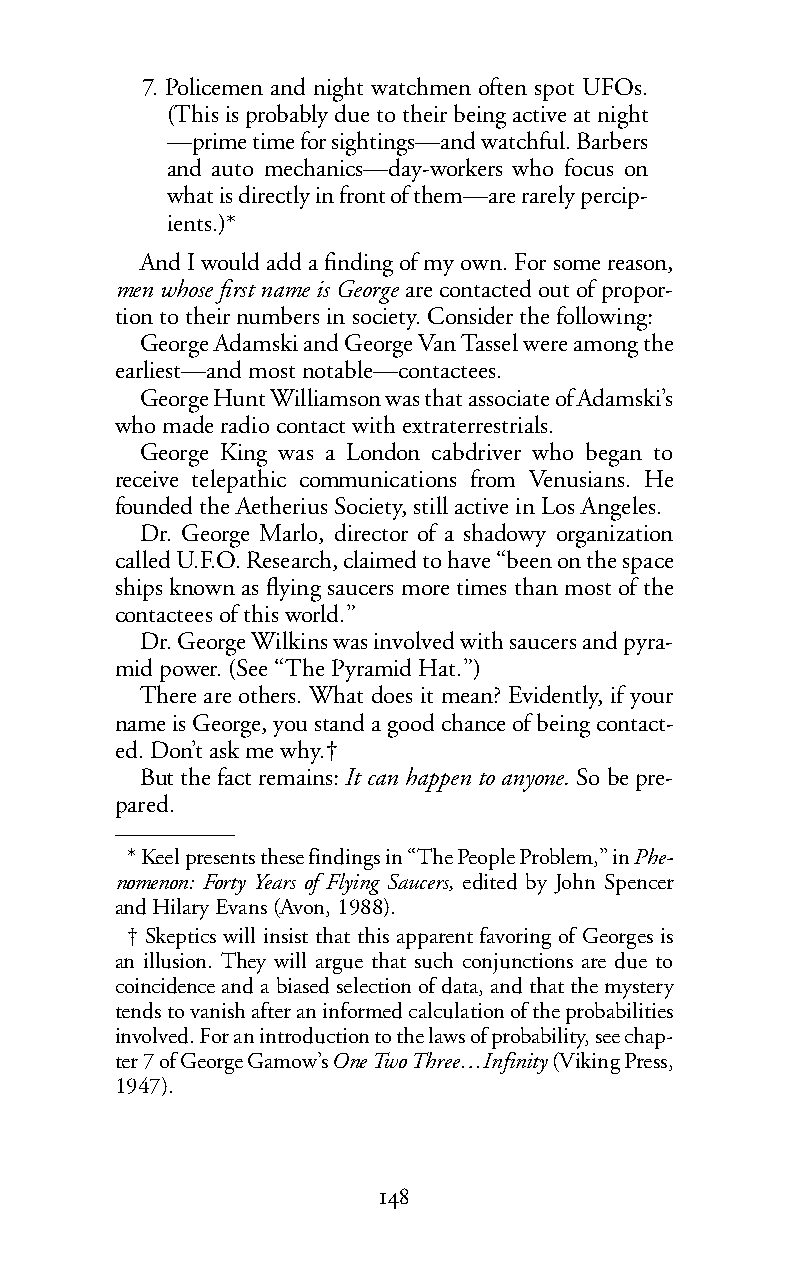
7. Policemen and night watchmen often spot UFOs.
 (This is probably due to their being active at night
 —prime time for sightings—and watchful. Barbers
 and auto mechanics—day-workers who focus on
 what is directly in front of them—are rarely percip-
 ients.)*
 And I would add a finding of my own. For some reason,
 men whose first name is George are contacted out of propor-
 tion to their numbers in society. Consider the following:
 George Adamski and George Van Tassel were among the
 earliest—and most notable—contactees.
 George Hunt Williamson was that associate of Adamski’s
 who made radio contact with extraterrestrials.
 George King was a London cabdriver who began to
 receive telepathic communications from Venusians. He
 founded the Aetherius Society, still active in Los Angeles.
 Dr. George Marlo, director of a shadowy organization
 called U.F.O. Research, claimed to have “been on the space
 ships known as flying saucers more times than most of the
 contactees of this world.”
 Dr. George Wilkins was involved with saucers and pyra-
 mid power. (See “The Pyramid Hat.”)
 There are others. What does it mean? Evidently, if your
 name is George, you stand a good chance of being contact-
 ed. Don’t ask me why.†
 But the fact remains:Itcan happen to anyone. Sobe pre-
 pared.
 *Keel presents these findings in “The People Problem,” inPhe-
 nomenon: Forty Years of Flying Saucers, edited by John Spencer
 and Hilary Evans (Avon, 1988).
 † Skeptics will insist that this apparent favoring of Georges is
 an illusion. They will argue that such conjunctions are due to
 coincidence and a biased selection of data, and that the mystery
 tends to vanish after an informed calculation of the probabilities
 involved. For an introduction to the laws of probability, see chap-
 ter 7 ofGeorge Gamow’sOneTwo Three…Infinity(Viking Press,
 1947).
 